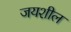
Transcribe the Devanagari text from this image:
जयशील